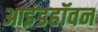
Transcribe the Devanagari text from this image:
आइंडहॉवन